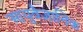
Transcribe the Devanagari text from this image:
आयुवैज्ञानिक